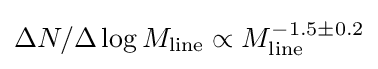
\Delta N/\Delta \log M_{\text{line}}\propto M_{\text{line}}^{-1.5\pm 0.2}